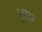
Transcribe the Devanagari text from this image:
ब्रुएल